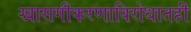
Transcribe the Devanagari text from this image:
खासगीकरणाविरोधातही